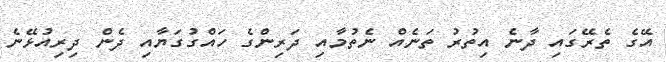
އޭގެ ތެރޭގައި ދާނެ އިތުރު ތަނެއް ނެތުމާއި ދަރިންގެ ހައްގުގަޔާއި ދެން ދިރިއުޅޭނެ